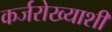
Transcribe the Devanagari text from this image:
कर्जरोख्याशी